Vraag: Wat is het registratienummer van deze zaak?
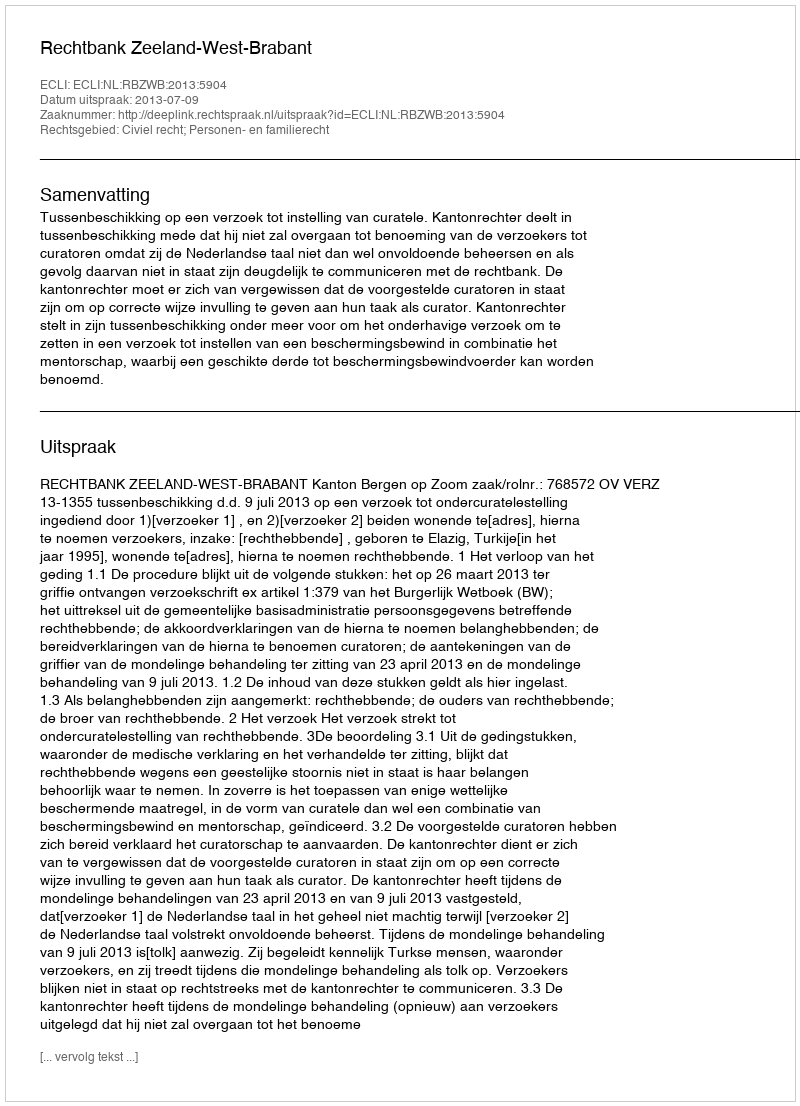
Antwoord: http://deeplink.rechtspraak.nl/uitspraak?id=ECLI:NL:RBZWB:2013:5904